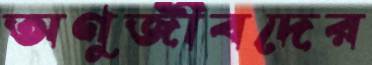
অণুজীবদের